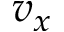
v _ { x }